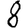
Digit: 8